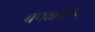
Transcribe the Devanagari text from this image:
चपळधाव